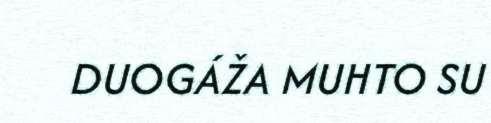
DUOGÁŽA MUHTO SU